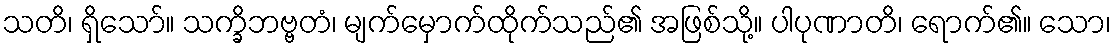
သတိ၊ ရှိသော်။ သက္ခိဘဗ္ဗတံ၊ မျက်မှောက်ထိုက်သည်၏ အဖြစ်သို့။ ပါပုဏာတိ၊ ရောက်၏။ သော၊